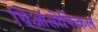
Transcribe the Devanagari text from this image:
थिऑसोफिकल